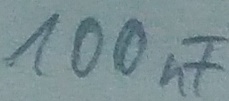
Text: 100nF